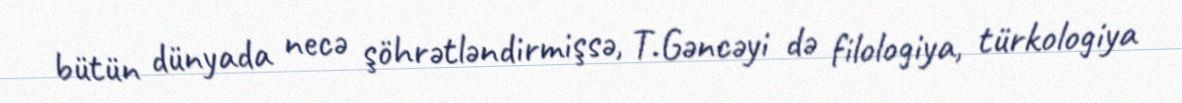
bütün dünyada necə şöhrətləndirmişsə, T.Gəncəyi də filologiya, türkologiya